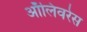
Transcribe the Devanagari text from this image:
ऑलिवरेस